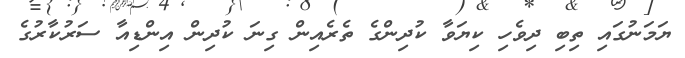
ޔަމަނުގައި ތިބި ދިވެހި ކިޔަވާ ކުދިންގެ ތެރެއިން ގިނަ ކުދިން އިންޑިއާ ސަރުކާރުގެ